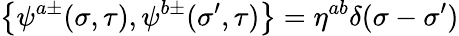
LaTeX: \left\{ \psi^{a\pm}(\sigma,\tau),\psi^{b\pm}({\sigma}^{\prime},\tau)\right\} =\eta^{ab}\delta(\sigma-{\sigma}^{\prime})